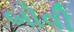
બોવી